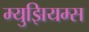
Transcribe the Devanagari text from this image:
म्‍युझियम्‍स